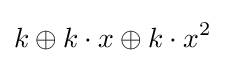
k\oplus k\cdot x\oplus k\cdot x^{2}